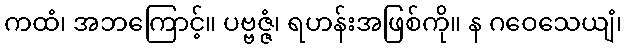
ကထံ၊ အဘကြောင့်။ ပဗ္ဗဇ္ဇံ၊ ရဟန်းအဖြစ်ကို။ န ဂဝေသေယျံ၊